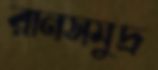
রানসমুদ্র